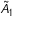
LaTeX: { \tilde { A } } _ { 1 }